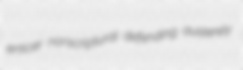
enticer nonscriptural defending austerely